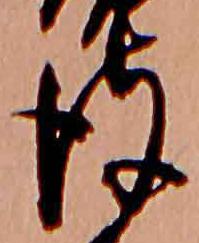
彼